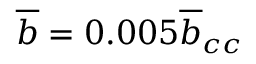
\overline { { b } } = 0 . 0 0 5 \overline { { b } } _ { c c }